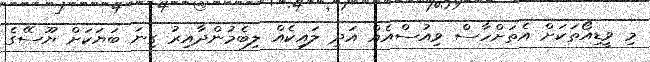
މި ވީޑިއޯތަކަށް އެތަށްހާސް ވިއުސްއެއް އަދި ލައިކެއް ލިބެމުންދާއިރު ގިނަ ބަޔަކަށް ޔޫސޭގެ